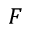
F